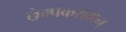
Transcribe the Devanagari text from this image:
छेम्पकरामन्